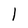
Character: l